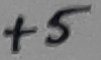
Text: +5